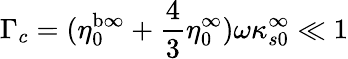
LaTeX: \Gamma_{c}=(\eta_{0}^{\mathrm{b\infty}}+\frac 43\eta_{0}^{\infty})\omega\kappa_{s0}^{\infty}\ll 1